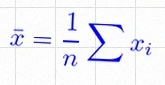
\bar{x}=\frac1n\sum x_i